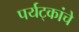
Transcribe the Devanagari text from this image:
पर्यट्कांचे